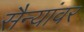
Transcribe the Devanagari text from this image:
सैन्यांवर